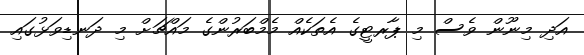
އަދި މިނޫން ވެސް މި ޕާރޓީގެ އެތަކެއް މެމްބަރުންގެ މައްޗަށް މި ދަނޑިވަޅުގައި